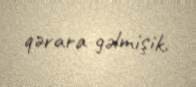
qərara gəlmişik.